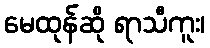
မေထုန်ဆို ရာသီကူး၊